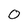
Character: 0